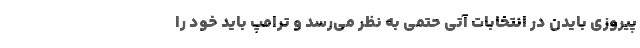
پیروزی بایدن در انتخابات آتی حتمی به نظر می‌رسد و ترامپ باید خود را